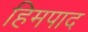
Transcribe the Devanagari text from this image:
हिमपाद